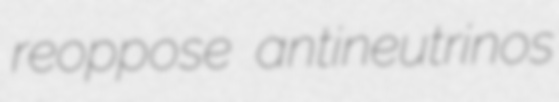
reoppose antineutrinos